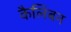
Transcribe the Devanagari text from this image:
कैलिबन